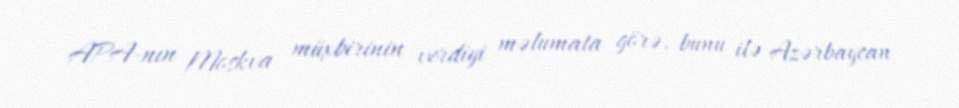
APA-nın Moskva müxbirinin verdiyi məlumata görə, bunu ilə Azərbaycan